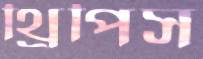
থ্রিপিস